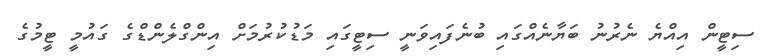
ސިޓީން އިއްޔެ ނެރުނު ބަޔާނެއްގައި ބުނެފައިވަނީ ސިޓީގައި މަޑުކުރުމަށް އިންގްލެންޑްގެ ގައުމީ ޓީމުގެ